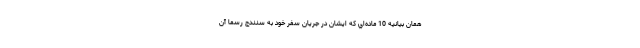
همان بيانيه 10 ماده‌اي كه ايشان در جريان سفر خود به سنندج رسما آن